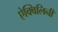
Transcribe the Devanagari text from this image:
ऐक्विलिनी